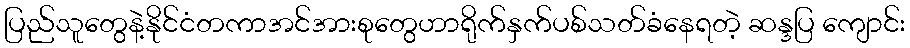
ပြည်သူတွေနဲ့နိုင်ငံတကာအင်အားစုတွေဟာရိုက်နှက်ပစ်သတ်ခံနေရတဲ့ ဆန္ဒပြ ကျောင်း